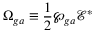
\Omega _ { g a } \equiv \frac { 1 } { 2 } \wp _ { g a } \mathcal { E } ^ { * }